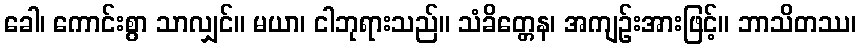
ခေါ၊ ကောင်းစွာ သာလျှင်။ မယာ၊ ငါဘုရားသည်။ သံခိတ္တေန၊ အကျဉ်းအားဖြင့်။ ဘာသိတဿ၊